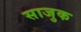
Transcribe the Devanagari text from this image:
साजुक